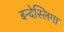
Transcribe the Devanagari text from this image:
बन्देस्लिगा